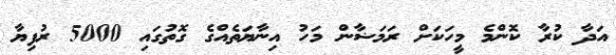
އަދާ ކުރާ ކޮންމެ މީހަކަށް ރަމަޟާން މަހު އިނާޔަތެއްގެ ގޮތުގައި 5000 ރުފިޔާ